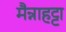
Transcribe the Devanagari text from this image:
मैन्नाहट्टा